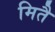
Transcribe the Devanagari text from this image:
मितै